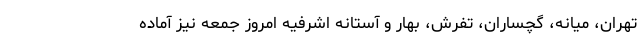
تهران، میانه، گچساران، تفرش، بهار و آستانه اشرفیه امروز جمعه نیز آماده